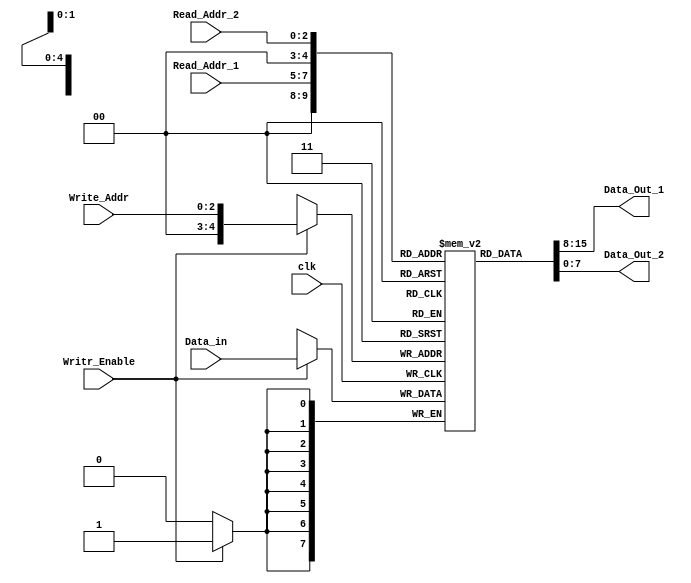
// simple Register_File system
module Register_File(
    output[7:0] Data_Out_1, Data_Out_2, // 8-bit 
    input[7:0] Data_in, // 8-bit
    input[2:0] Read_Addr_1, Read_Addr_2, Write_Addr, // Addr: address
    input Writr_Enable, clk // 1-bit
);
reg [7:0] Reg_File [31:0]; // 32 8-bit-reg

assign Data_Out_1 = Reg_File[Read_Addr_1]; 
assign Data_Out_2 = Reg_File[Read_Addr_2]; 
always@(posedge clk) begin
    if(Writr_Enable)
        Reg_File[Write_Addr] <= Data_in;
end
endmodule